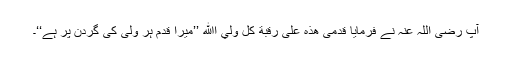
آپ رضی اللہ عنہ نے فرمایا قَدَمِیْ هٰذِه عَلٰی رَقَبَةِ کُلِّ وَلِيَّ اﷲ ’’میرا قدم ہر ولی کی گردن پر ہے‘‘۔